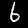
Digit: 6